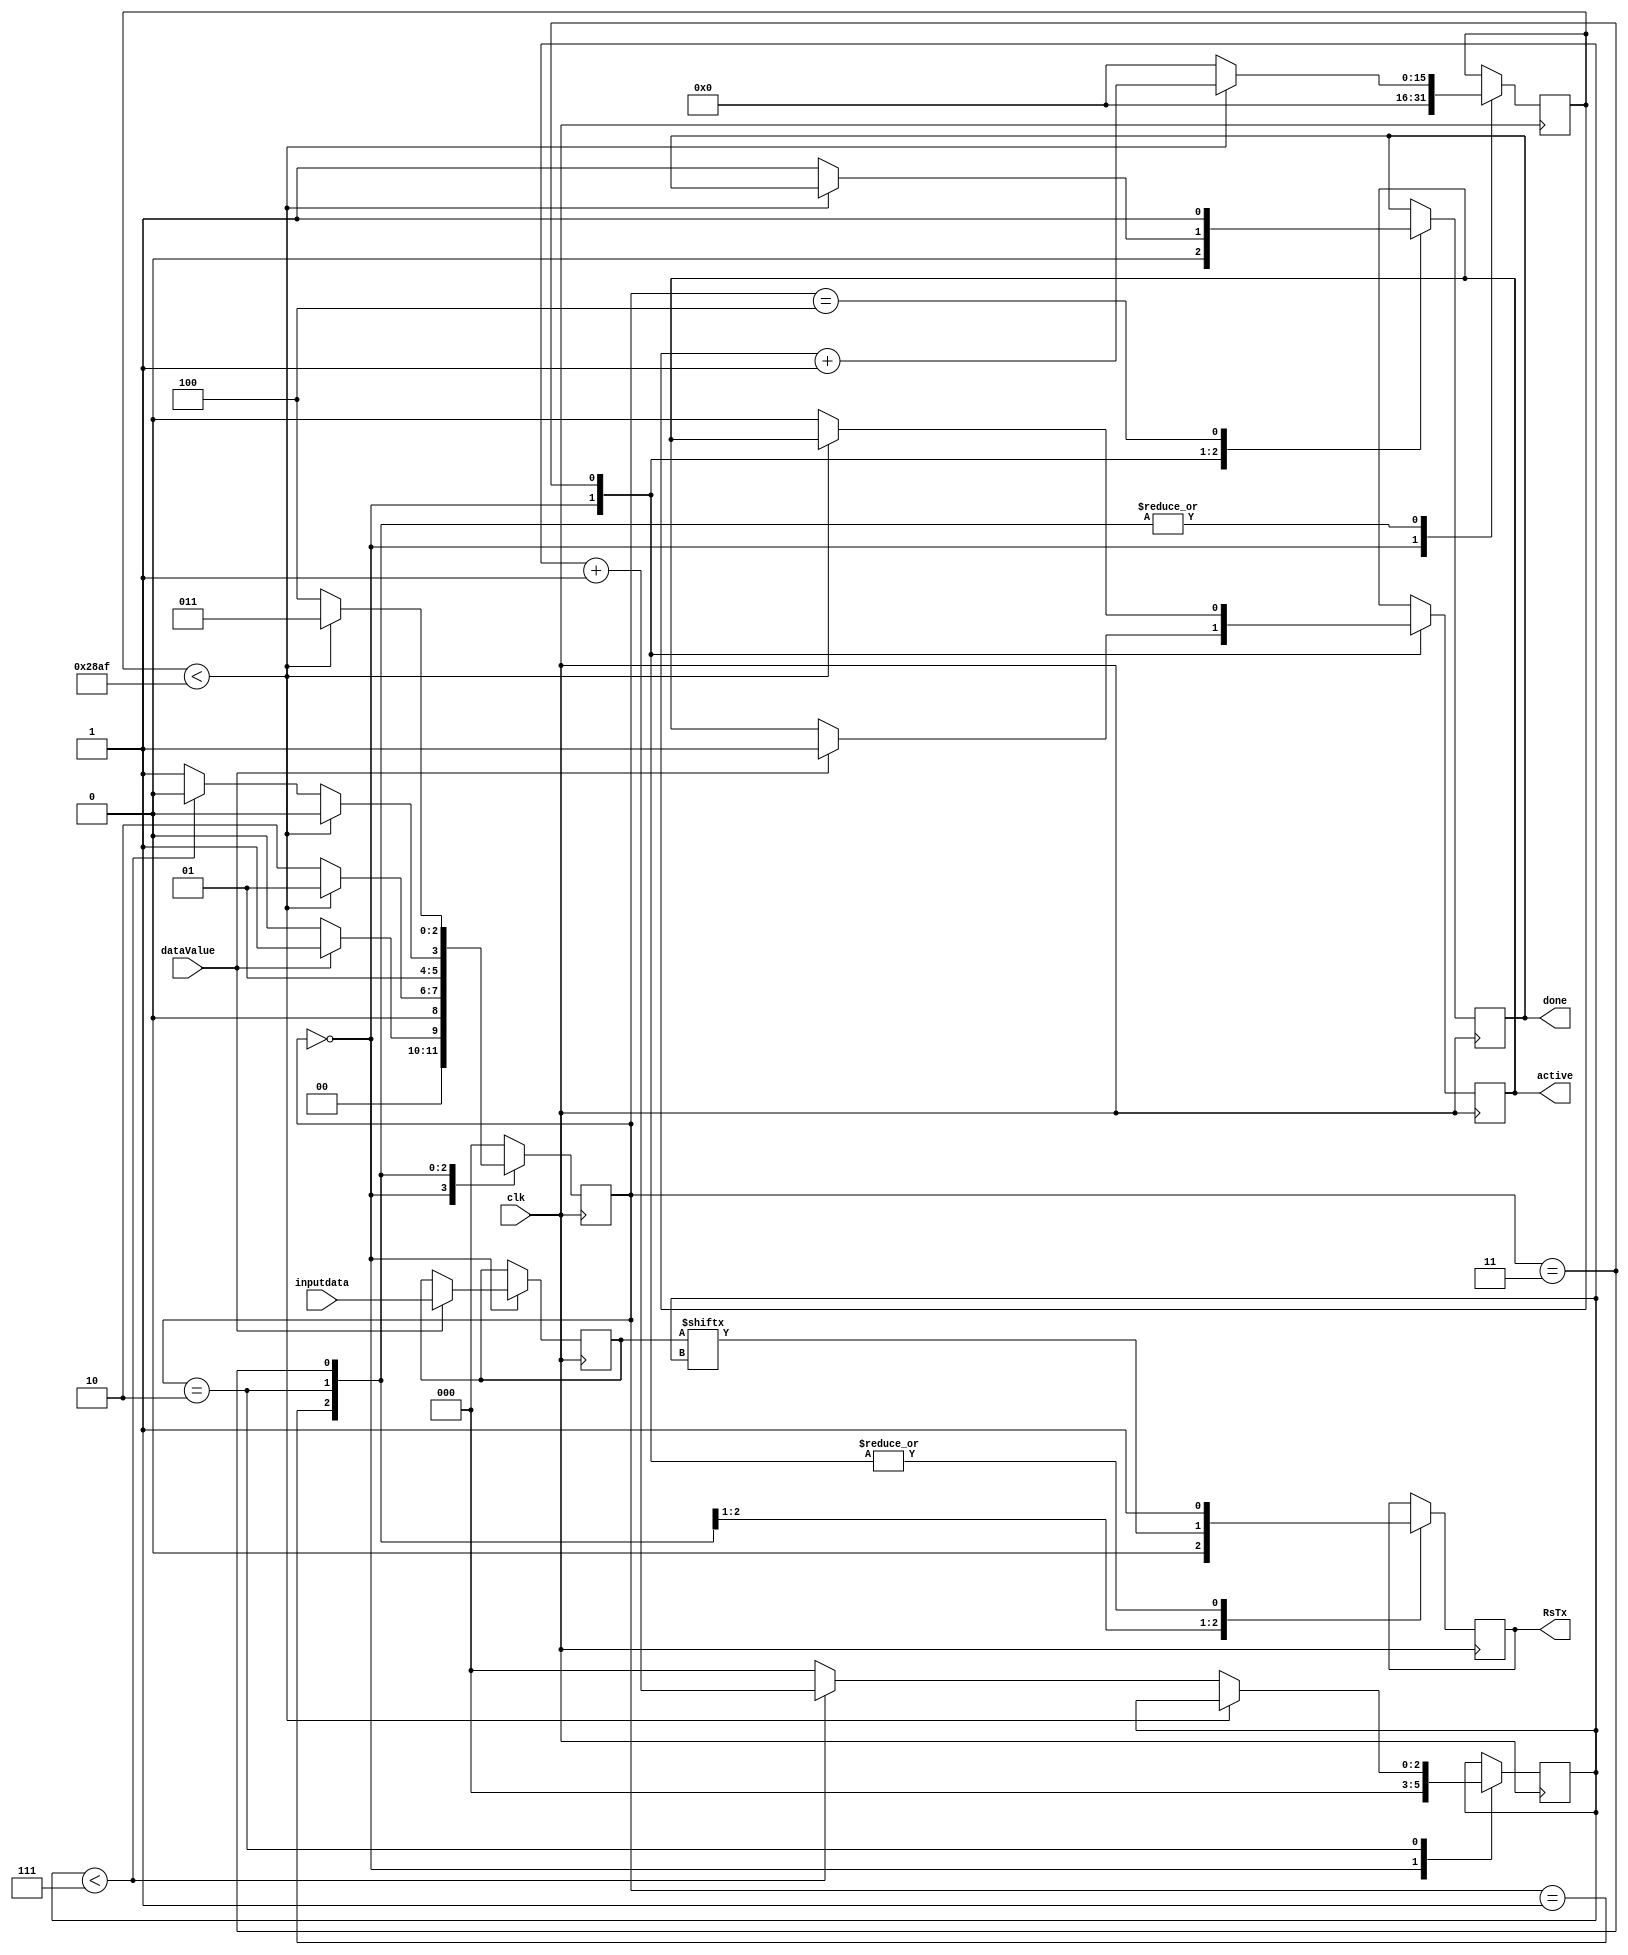
`timescale 1ns / 1ps
//////////////////////////////////////////////////////////////////////////////////
// Company: 
// Engineer: 
// 
// Design Name: 
// Module Name: UART_Tx
// Project Name: 
// Target Devices: 
// Tool Versions: 
// Description: 
// 
// Dependencies: 
// 
// Revision:
// Revision 0.01 - File Created
// Additional Comments:
// 
//////////////////////////////////////////////////////////////////////////////////


module UART_Tx#(parameter CLKS_PER_BIT=10416)
  (
   input       clk,
   input [7:0] inputdata, 
   input       dataValue,
   output      active,
   output reg  RsTx,
   output      done
   );
  
  parameter S0 = 3'b000; //IDLE
  parameter S1 = 3'b001; //START
  parameter S2 = 3'b010; //DATA
  parameter S3 = 3'b011; //STOP
  parameter S4 = 3'b100; //CLEAN
   
  reg [2:0]    state     = 0;
  reg [15:0]    clockcounter = 0;
  reg [2:0]    index   = 0; //8 [2:0]
  reg [7:0]    tempdata     = 0; //[7]
  reg          tempdone     = 0;
  reg          tempactive   = 0;
     
  always @(posedge clk)
    begin
       
      case (state)
        S0 :
          begin
            RsTx   <= 1'b1;         // Drive Line High for Idle
            tempdone     <= 1'b0;
            clockcounter <= 0;
            index   <= 0;
            
            if(dataValue == 1'b1) begin
                tempactive <= 1'b1;
                tempdata   <= inputdata;
                state   <= S1;
            end
            else
            state <= S0; ///////////////////////////
          end // case: IDLE
         
         
        // Send out Start Bit. Start bit = 0
        S1 :
          begin
            RsTx <= 1'b0;
             
            // Wait CLKS_PER_BIT-1 clock cycles for start bit to finish
            if (clockcounter < CLKS_PER_BIT-1)
              begin
                clockcounter <= clockcounter + 1;
                state     <= S1;
              end
            else
              begin
                clockcounter <= 0;
                state     <= S2;
              end
          end // case: START
         
         
        // Wait CLKS_PER_BIT-1 clock cycles for data bits to finish         
        S2 :
          begin
            RsTx <= tempdata[index];
             
            if (clockcounter < CLKS_PER_BIT-1)
              begin
                clockcounter <= clockcounter + 1;
                state     <= S2;
              end
            else
              begin
                clockcounter <= 0;
                 
                // Check if we have sent out all bits
                if (index < 7) //7-------------------------------
                  begin
                    index <= index + 1;
                    state   <= S2;
                  end
                else
                  begin
                    index <= 0;
                    state   <= S3;
                  end
              end
          end // case: DATA
         
         
        // Send out Stop bit.  Stop bit = 1
        S3 :
          begin
            RsTx <= 1'b1;
             
            // Wait CLKS_PER_BIT-1 clock cycles for Stop bit to finish
            if (clockcounter < CLKS_PER_BIT-1)
              begin
                clockcounter <= clockcounter + 1;
                state     <= S3;
              end
            else
              begin
                tempdone     <= 1'b1;
                clockcounter <= 0;
                state <= S4;
                tempactive   <= 1'b0;
              end
          end // case: STOP
          S4:
          begin
            tempdone <= 1'b1;
            state <= S0;
          end
         
        default :
          state <= S0;
         
      endcase
    end
 
  assign active = tempactive;
  assign done   = tempdone;
   
endmodule